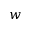
w